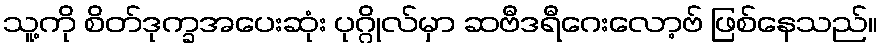
သူ့ကို စိတ်ဒုက္ခအပေးဆုံး ပုဂ္ဂိုလ်မှာ ဆဗီဒရီဂေးလော့ဗ် ဖြစ်နေသည်။